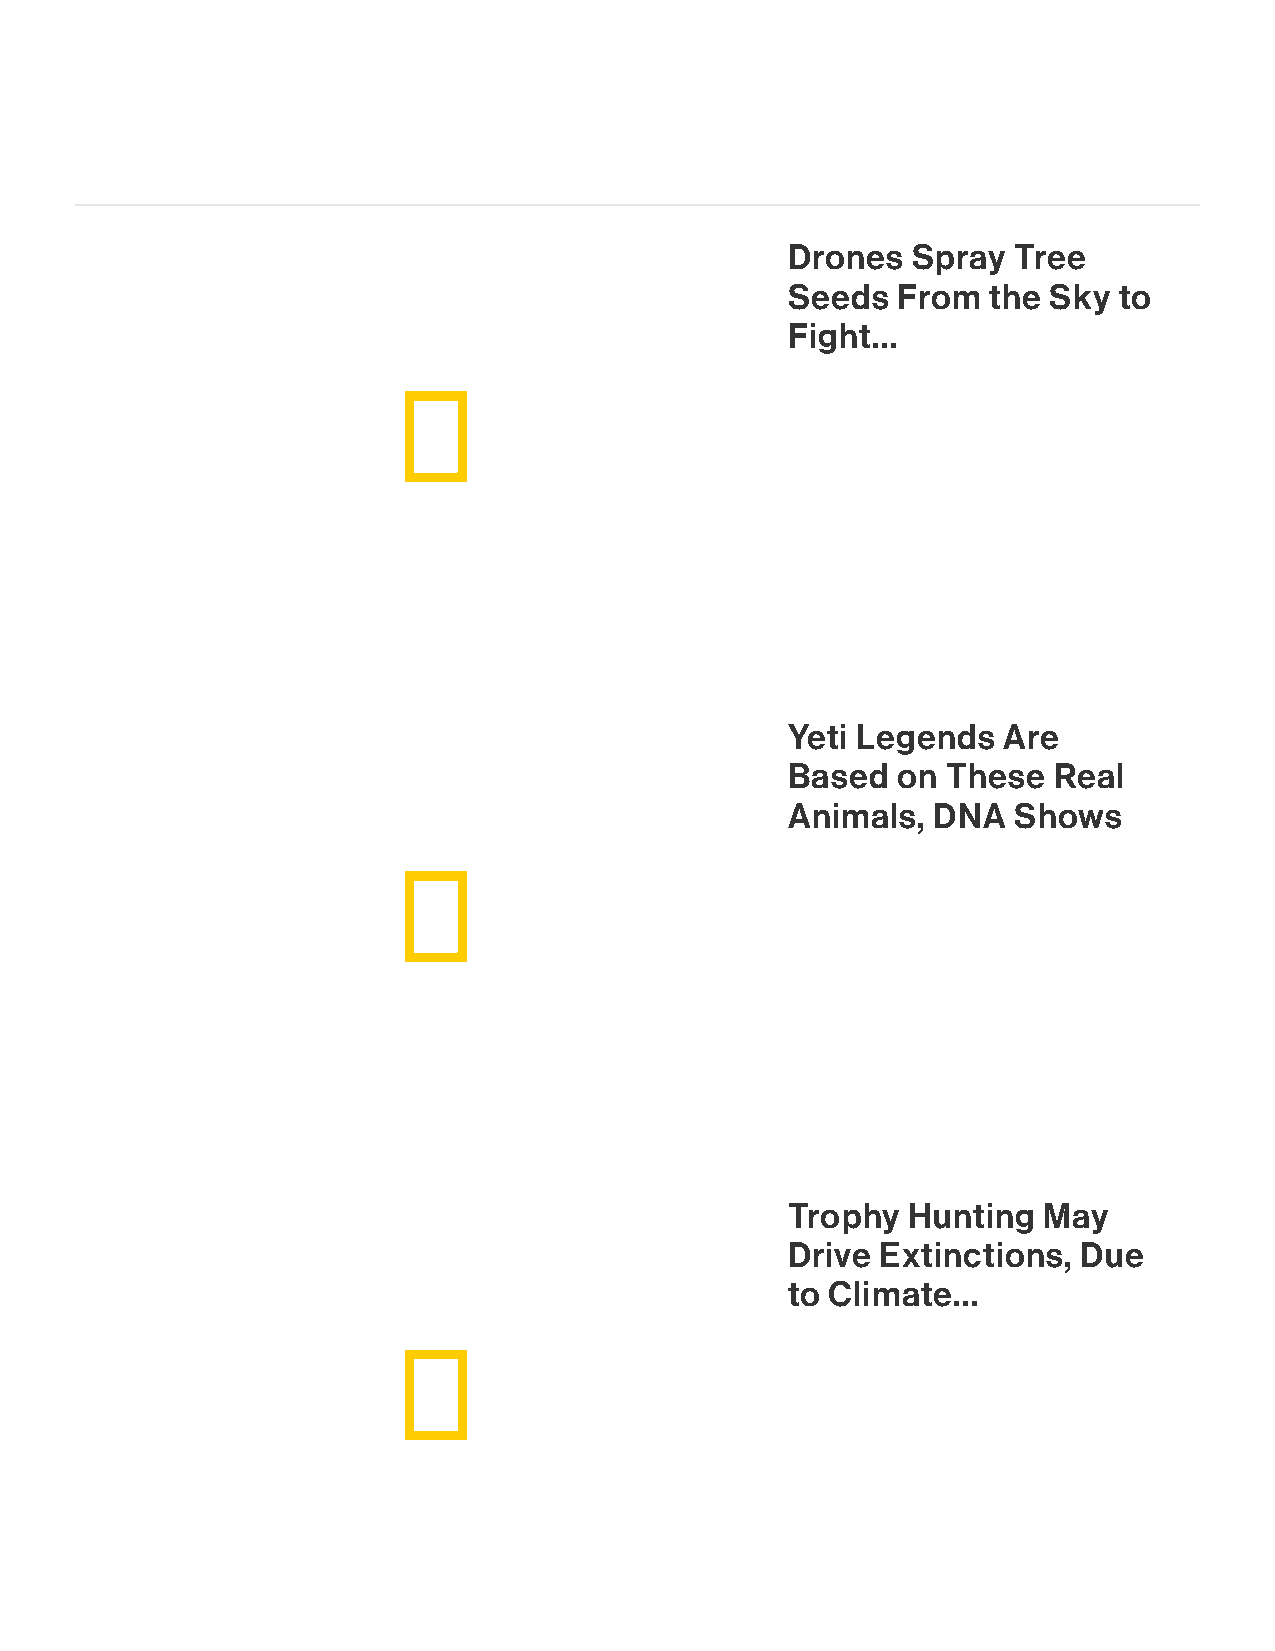
Drones  Spray  Tree
 Seeds  From  the Sky  to
 Fight...
 Yeti Legends  Are
 Based  on  These  Real
 Animals,  DNA  Shows
 Trophy  Hunting  May
 Drive Extinctions,  Due
 to Climate...